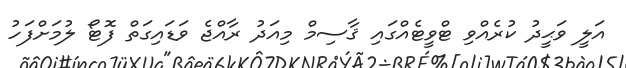
އަލީ ވަޙީދު ކުރެއްވި ޓްވީޓެއްގައި ޤާސިމް މިއަދު ރާއްޖެ ވަޑައިގަތް ފޮޓޯ ލުމަށްފަހު